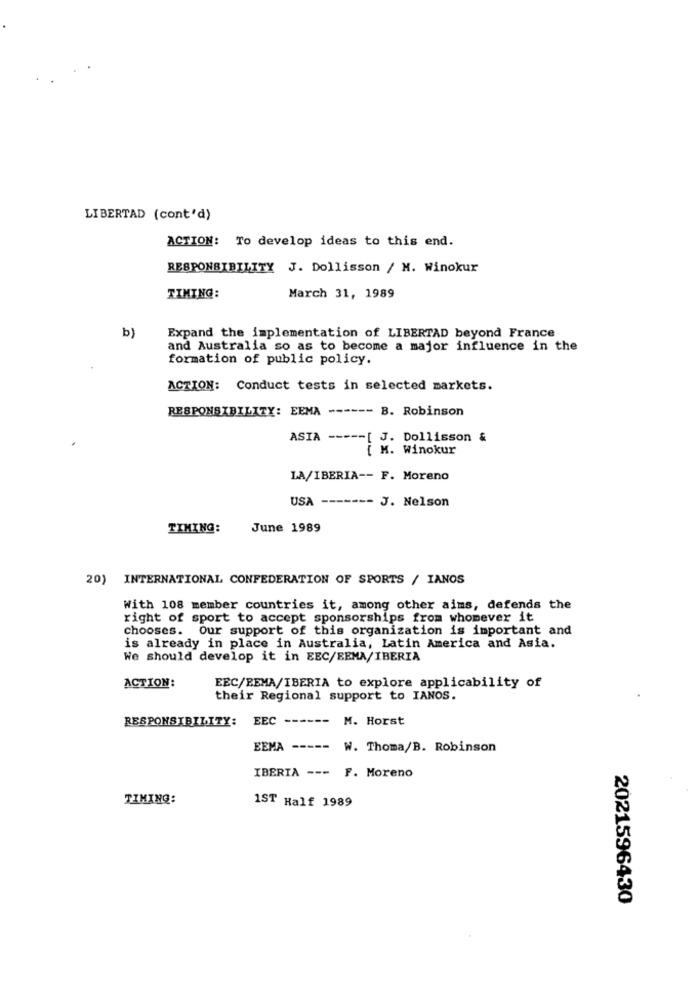
LIBERTAD (cont'd)
ACTION: To develop ideas to this end.
RESPONSIBILITY J. Dollisson / N. Winokur
TIMING:
March 31, 1989
b)
Expand the implementation of LIBERTAD beyond France
and Australia so as to become a major influence in the
formation of public policy.
ACTION: Conduct tests in selected markets.
RESPONSIBILITY: EEMA ------ B. Robinson
ASIA --
--- [ J. Dollisson &
{ M. Winokur
LA/IBERIA -- F. Moreno
USA ------- J. Nelson
TIMING:
June 1989
20) INTERNATIONAL CONFEDERATION OF SPORTS / IANOS
With 108 member countries it, among other aims, defends the
right of sport to accept sponsorships from whomever it
chooses. Our support of this organization is important and
is already in place in Australia, Latin America and Asia.
We should develop it in EEC/EEMA/IBERIA
ACTION:
EEC/REMA/IBERIA to explore applicability of
their Regional support to IANOS.
RESPONSIBILITY: EEC ------
M. Horst
EEMA ----- W. Thoma/B. Robinson
IBERIA --- F. Moreno
TIMING:
1ST Half 1989
2021596430